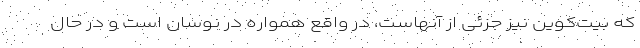
که بیت‌کوین نیز جزئی از آنهاست، در واقع همواره در نوسان است و در حال